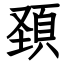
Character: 頚